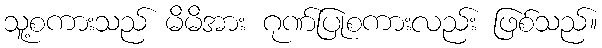
သူ့စကားသည် မိမိအား ဂုဏ်ပြုစကားလည်း ဖြစ်သည်။